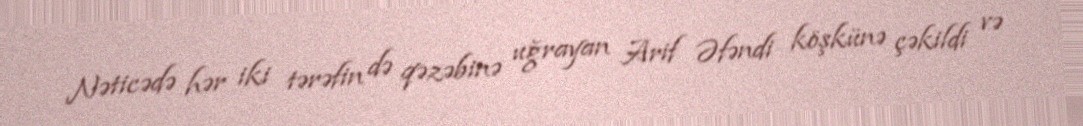
Nəticədə hər iki tərəfin də qəzəbinə uğrayan Arif Əfəndi köşkünə çəkildi və